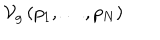
\mathcal { V } _ { g } \left( p _ { 1 } , \ldots , p _ { N } \right)